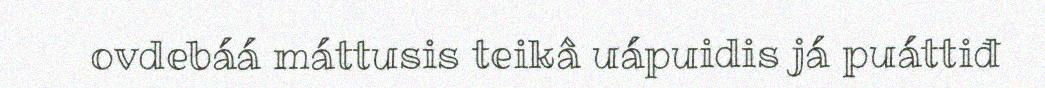
ovdebáá máttusis teikâ uápuidis já puáttiđ